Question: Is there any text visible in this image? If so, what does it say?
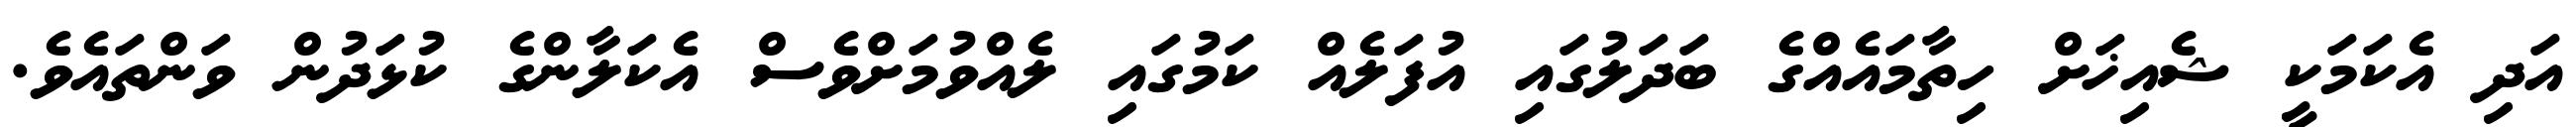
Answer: އަދި އެކަމަކީ ޝެއިޚަށް ހިތާމައެއްގެ ބަދަލުގައި އުފަލެއް ކަމުގައި ލެއްވުމަށްވެސް އެކަލާންގެ ކުޅަދުން ވަންތައެވެ.